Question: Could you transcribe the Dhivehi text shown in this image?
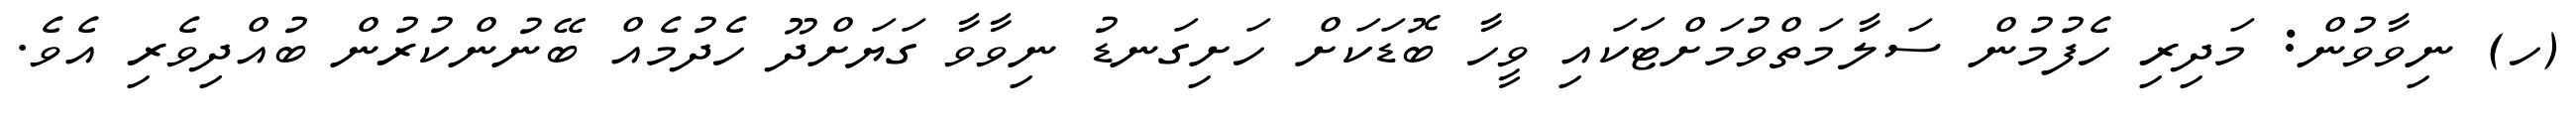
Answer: (ހ) ނިވާވުން: މަދިރި ހެފުމުން ސަލާމަތްވުމަށްޓަކައި ވީހާ ބޮޑަކަށް ހަށިގަނޑު ނިވާވާ ގަޔަށްދޫ ހެދުމެއް ބޭނުންކުރުން ބުއްދިވެރި އެވެ.